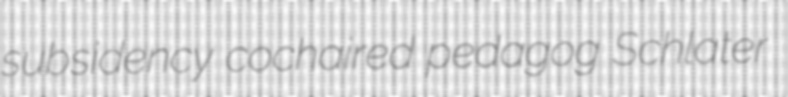
subsidency cochaired pedagog Schlater